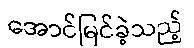
အောင်မြင်ခဲ့သည့်